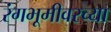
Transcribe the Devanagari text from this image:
रंगभूमीवरच्या